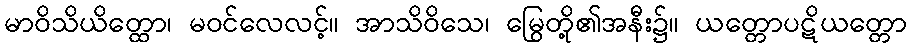
မာဝိသိယိတ္ထော၊ မဝင်လေလင့်။ အာသိဝိသေ၊ မြွေတို့၏အနီး၌။ ယတ္တောပဋိယတ္တော